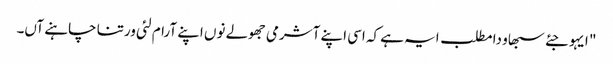
" ایہو جئے سبھاو دا مطلب ایہ ہے کہ اسی اپنے آشرمی جھولے نوں اپنے آرام لئی ورتنا چاہنے آں۔